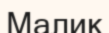
Малик